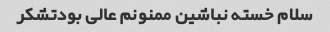
سلام خسته نباشین ممنونم عالی بودتشکر